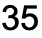
35